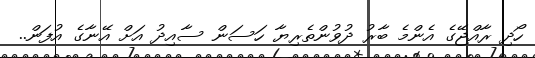
ހޯދި ރާއްޖޭގެ އެންމެ ބާރު ދުވުންތެރިޔާ ހަސަން ސާއިދު އަށް އޭނާގެ އުފަން..